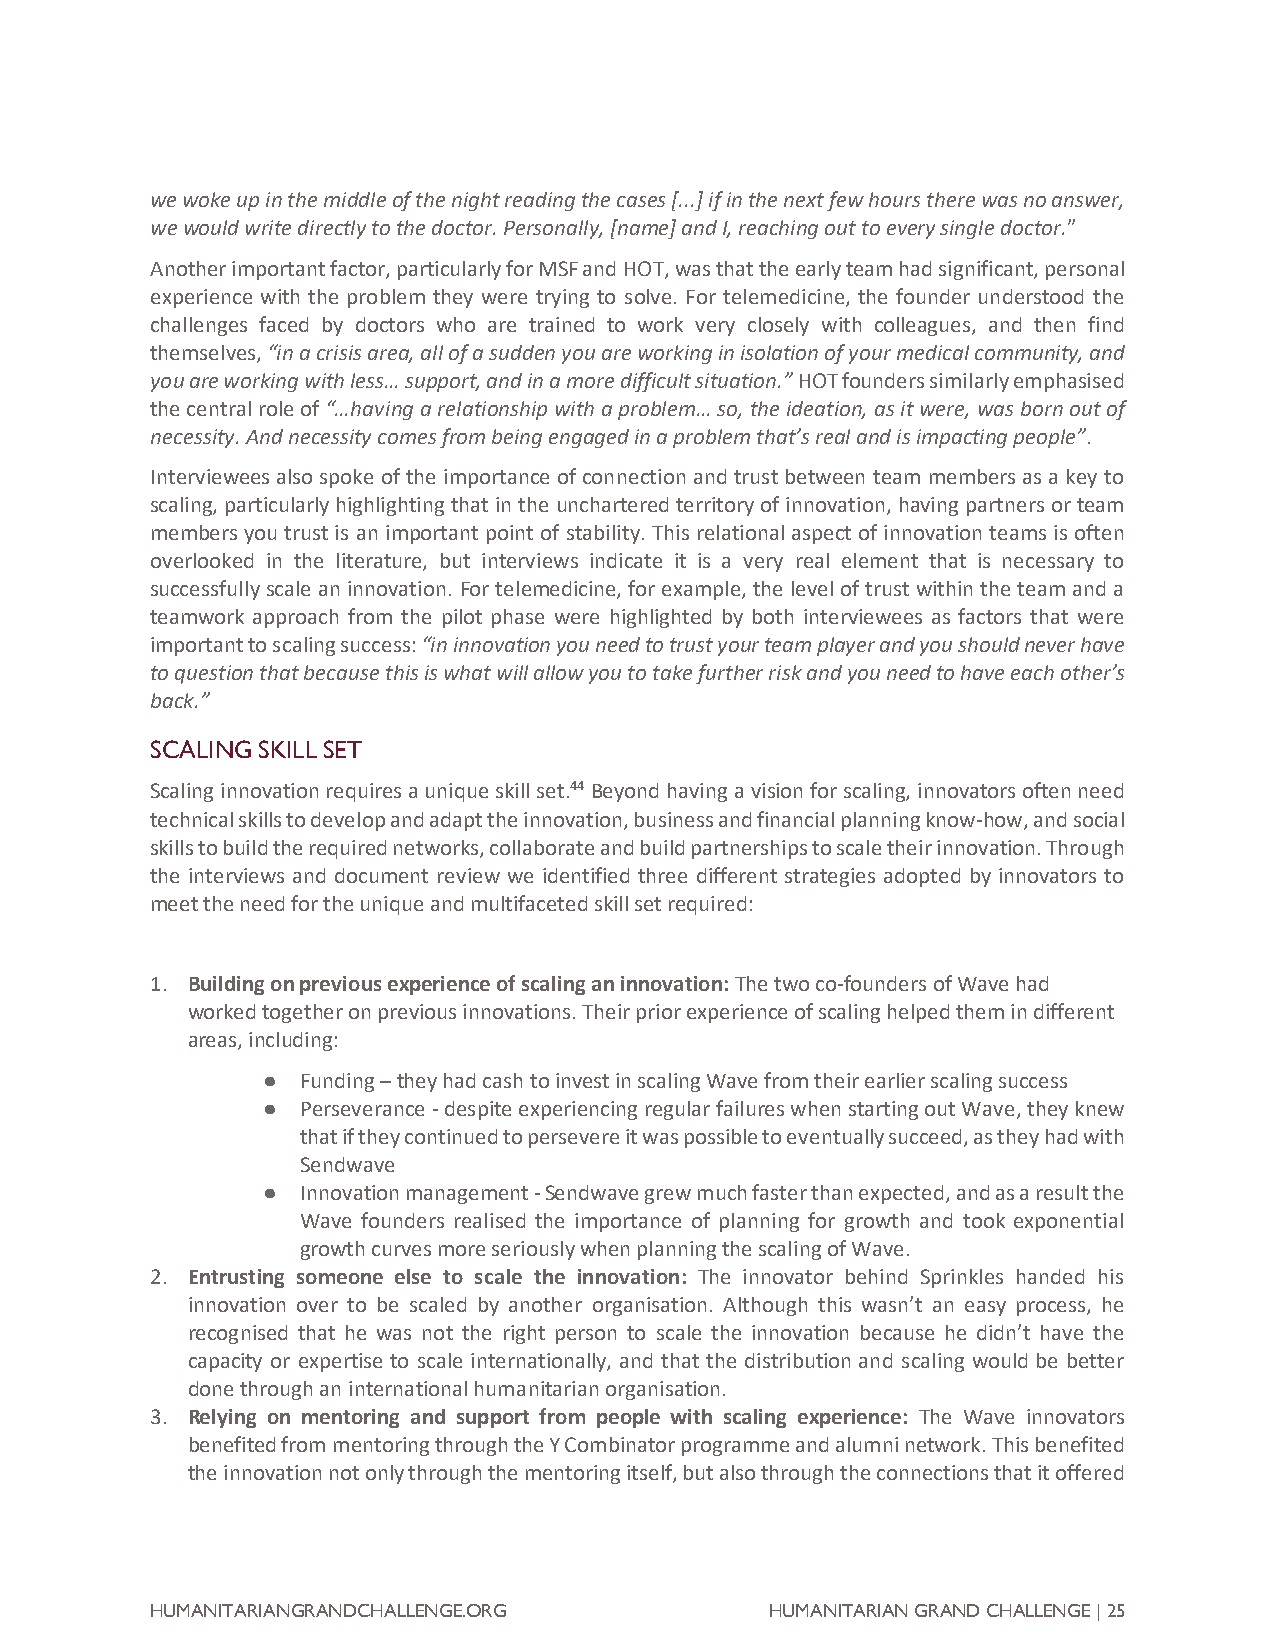
we woke up in the middle of the night reading the cases [...] if in the next few hours there was no answer,
 we would write directly to the doctor. Personally, [name] and I, reaching out to every single doctor.”
 Another important factor, particularly for MSF and HOT, was that the early team had significant, personal
 experience with the problem they were trying to solve. For telemedicine, the founder understood the
 challenges faced by doctors who are trained to work very closely with colleagues, and then find
 themselves, “in a crisis area, all of a sudden you are working in isolation of your medical community, and
 you are working with less… support, and in a more difficult situation.” HOT founders similarly emphasised
 the central role of “…having a relationship with a problem… so, the ideation, as it were, was born out of
 necessity. And necessity comes from being engaged in a problem that’s real and is impacting people”.
 Interviewees also spoke of the importance of connection and trust between team members as a key to
 scaling, particularly highlighting that in the unchartered territory of innovation, having partners or team
 members you trust is an important point of stability. This relational aspect of innovation teams is often
 overlooked in the literature, but interviews indicate it is a very real element that is necessary to
 successfully scale an innovation. For telemedicine, for example, the level of trust within the team and a
 teamwork approach from the pilot phase were highlighted by both interviewees as factors that were
 important to scaling success: “in innovation you need to trust your team player and you should never have
 to question that because this is what will allow you to take further risk and you need to have each other’s
 back.”
 SCALING SKILL SET
 Scaling innovation requires a unique skill set.44 Beyond having a vision for scaling, innovators often need
 technical skills to develop and adapt the innovation, business and financial planning know-how, and social
 skills to build the required networks, collaborate and build partnerships to scale their innovation. Through
 the interviews and document review we identified three different strategies adopted by innovators to
 meet the need for the unique and multifaceted skill set required:
 1. Building on previous experience of scaling an innovation: The two co-founders of Wave had
 worked together on previous innovations. Their prior experience of scaling helped them in different
 areas, including:
 ●  Funding – they had cash to invest in scaling Wave from their earlier scaling success
 ●  Perseverance - despite experiencing regular failures when starting out Wave, they knew
 that if they continued to persevere it was possible to eventually succeed, as they had with
 Sendwave
 ●  Innovation management - Sendwave grew much faster than expected, and as a result the
 Wave founders realised the importance of planning for growth and took exponential
 growth curves more seriously when planning the scaling of Wave.
 2. Entrusting someone else to scale the innovation: The innovator behind Sprinkles handed his
 innovation over to be scaled by another organisation. Although this wasn’t an easy process, he
 recognised that he was not the right person to scale the innovation because he didn’t have the
 capacity or expertise to scale internationally, and that the distribution and scaling would be better
 done through an international humanitarian organisation.
 3. Relying on mentoring and support from people with scaling experience: The Wave innovators
 benefited from mentoring through the Y Combinator programme and alumni network. This benefited
 the innovation not only through the mentoring itself, but also through the connections that it offered
 HUMANITARIANGRANDCHALLENGE.ORG           HUMANITARIAN GRAND CHALLENGE | 25